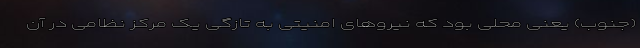
(جنوب) یعنی محلی بود که نیروهای امنیتی به تازگی یک مرکز نظامی در آن